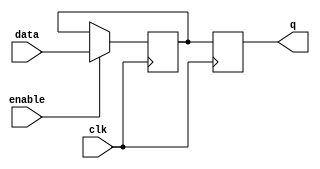
module gated_d_ff(
    input data,
    input enable,
    input clk,
    output reg q
);

reg d;

always @(posedge clk) begin
    if(enable) begin
        d <= data;
    end
end

always @(posedge clk) begin
    q <= d;
end

endmodule